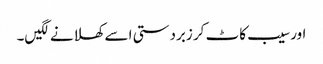
اور سیب کاٹ کر زبردستی اسے کھلانے لگیں۔